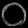
Digit: ၀